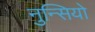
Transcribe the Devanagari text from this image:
नुन्सियो